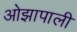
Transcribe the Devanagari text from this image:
ओझापाली